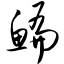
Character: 鳊